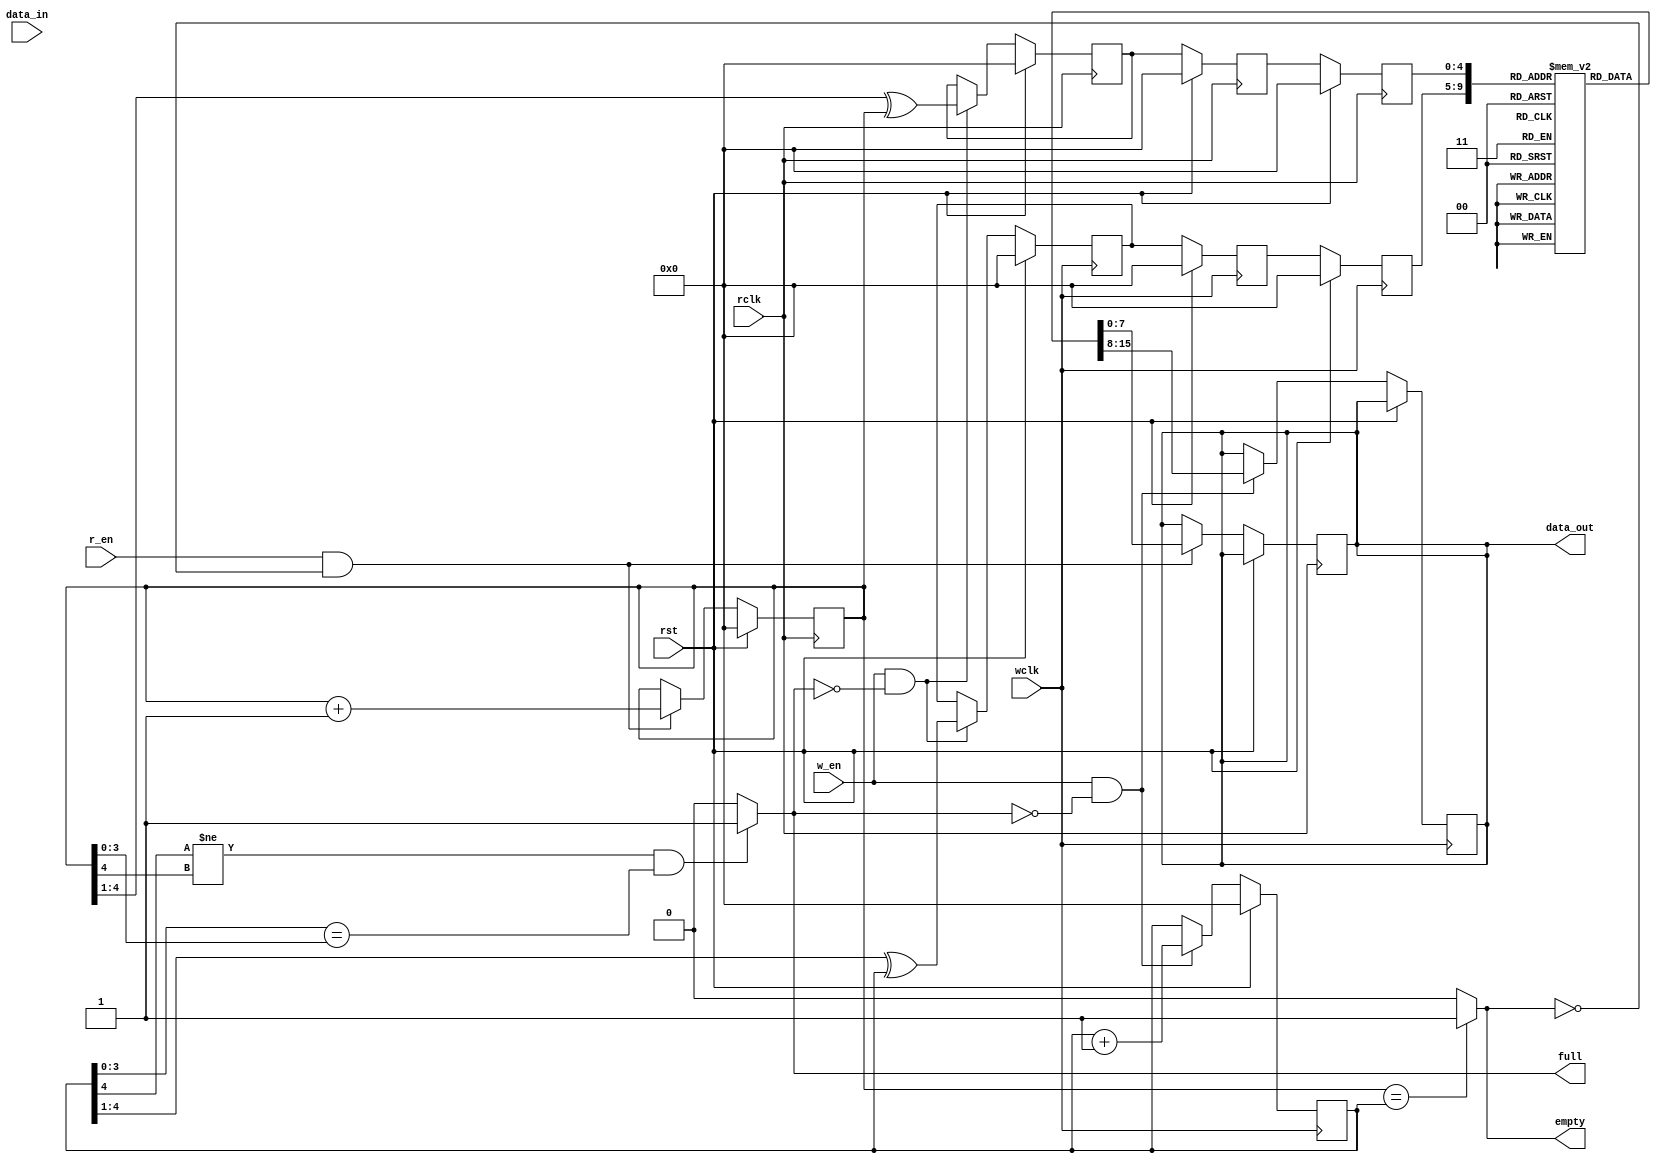
module async_fifo 
#(
		parameter DATA_WIDTH = 8,
		parameter ADD_WIDTH	 = 5 ,
		parameter RAM_DEPTH = (1 << ADD_WIDTH)
)

(
			input	rst,
			input	wclk,
			input	w_en,
			input	rclk,
			input	r_en,
			input	[DATA_WIDTH-1 : 0]data_in,
			
			output	 full,
			output	 empty,
			output 	reg	[DATA_WIDTH-1 : 0]data_out
				
);

reg [ADD_WIDTH-1 : 0]	w_add_bin;
reg [ADD_WIDTH-1 : 0]	r_add_bin;
reg [ADD_WIDTH-1 : 0]	w_add_gray;
reg [ADD_WIDTH-1 : 0]	r_add_gray;

reg [ADD_WIDTH-1 : 0] 	w_add_gray_r1;
reg [ADD_WIDTH-1 : 0]	w_add_gray_r2;
reg [ADD_WIDTH-1 : 0] 	r_add_gray_r1;
reg [ADD_WIDTH-1 : 0]	r_add_gray_r2;

reg [DATA_WIDTH-1 : 0]	mem [RAM_DEPTH-1 : 0]; //32x8 RAM

//generate binary write address
always@(posedge wclk) begin
	if(rst) begin
		w_add_bin <=  'b0;
	end 
	else if((1 == w_en) && (0 == full))begin
		w_add_bin <= w_add_bin + 'b1;
	end 
	else begin
		w_add_bin <= w_add_bin;
	end 
end

//generate binary read address
always@(posedge rclk) begin
	if(rst) begin
		r_add_bin <=   'b0;
	end 
	else if((1 == r_en) && (0 == empty))begin
		r_add_bin <= r_add_bin + 'b1;
	end 
	else begin
		r_add_bin <= r_add_bin;
	end 
end

// binary write address  --> gray write address
always@(posedge wclk) begin
	if(rst) begin
		w_add_gray <=   'b0;
	end 
	else if(w_en && (!full))begin
//		w_add_gray <= (w_add_bin >> 1) ^ w_add_bin;
		w_add_gray <= {1'b0 , w_add_bin[ADD_WIDTH-1 : 1]} ^ w_add_bin;
	end 
	else begin
		w_add_gray <= w_add_gray;
	end 
end

// binary read address  --> gray read address

always@(posedge rclk) begin
	if(rst) begin
		r_add_gray <=   'b0;
	end 
	else if(w_en && (!full))begin
//		r_add_gray <= (r_add_bin >> 1) ^ r_add_bin;
		r_add_gray <= {1'b0 , r_add_bin[ADD_WIDTH-1 : 1]} ^ r_add_bin;
	end 
	else begin
		r_add_gray <= r_add_gray;
	end 
end


//2 dff to syn
always@(posedge wclk) begin
	if(rst) begin
		w_add_gray_r1 <=   'b0;
		w_add_gray_r2 <=   'b0;
	end
	else begin
		w_add_gray_r1 <= w_add_gray;
		w_add_gray_r2 <= w_add_gray_r1;
		
		if((1 == w_en) && (0 == full) ) begin
			data_out <= mem[w_add_gray_r2];
		end 
	
	end 
	
end 

always@(posedge rclk) begin
	if(rst) begin
		r_add_gray_r1 <=   'b0;
		r_add_gray_r2 <=   'b0;
	end 
	else begin
		r_add_gray_r1 <= r_add_gray;
		r_add_gray_r2 <= r_add_gray_r1;
		
		if((1 == r_en) && (0 == empty) ) begin
			data_out <= mem[r_add_gray_r2];
		end
	
	end 

end

//generate empty full

assign full = ((w_add_bin[ADD_WIDTH-1] != r_add_bin[ADD_WIDTH-1])&&  \
					(w_add_bin[ADD_WIDTH-2:0]==r_add_bin[ADD_WIDTH-2:0])) ? 1 : 0;
assign empty = (r_add_bin == w_add_bin) ? 1 : 0 ;
endmodule